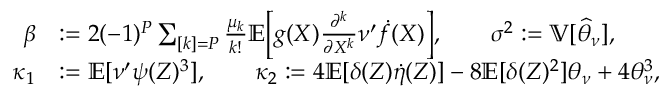
\begin{array} { r l } { \beta } & { : = 2 ( - 1 ) ^ { P } \sum _ { [ k ] = P } \frac { \mu _ { k } } { k ! } \mathbb { E } \Big [ g ( X ) \frac { \partial ^ { k } } { \partial X ^ { k } } \nu ^ { \prime } \dot { f } ( X ) \Big ] , \qquad \sigma ^ { 2 } : = \mathbb { V } [ \widehat { \theta } _ { \nu } ] , } \\ { \kappa _ { 1 } } & { : = \mathbb { E } [ \nu ^ { \prime } \psi ( Z ) ^ { 3 } ] , \qquad \kappa _ { 2 } : = 4 \mathbb { E } [ \delta ( Z ) \dot { \eta } ( Z ) ] - 8 \mathbb { E } [ \delta ( Z ) ^ { 2 } ] \theta _ { \nu } + 4 \theta _ { \nu } ^ { 3 } , } \end{array}